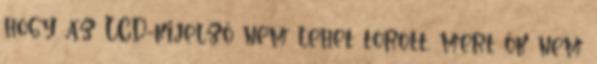
hogy az LCD-kijelző nem lehet törött, mert ők nem